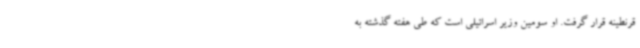
قرنطینه قرار گرفت. او سومین وزیر اسرائیلی است که طی هفته گذشته به